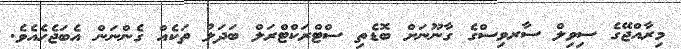
މިރާއްޖޭގެ ސިވިލް ސާރވިސްގެ ގާނޫނަށް ބޮޑެތި ސްޓްރަކްޓްރަލް ބަދަލު ތަކެއް ގެންނަން އެބަޖެހެއެވެ.